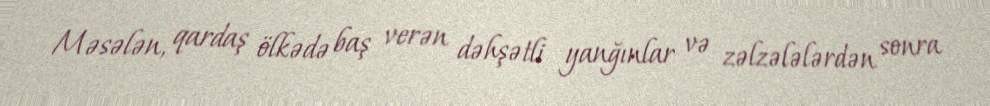
Məsələn, qardaş ölkədə baş verən dəhşətli yanğınlar və zəlzələlərdən sonra